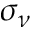
\sigma _ { \nu }